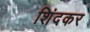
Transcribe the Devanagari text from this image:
शिंदकर